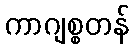
ကာဂျစ္စတန်